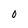
Character: 0